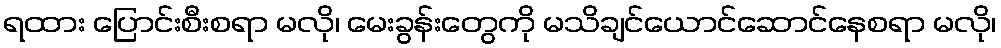
ရထား ပြောင်းစီးစရာ မလို၊ မေးခွန်းတွေကို မသိချင်ယောင်ဆောင်နေစရာ မလို၊